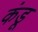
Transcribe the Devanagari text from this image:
कंडू